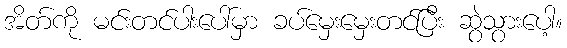
အိတ်ကို မင်းတင်ပါးပေါ်မှာ ခပ်မှေးမှေးတင်ပြီး ဆွဲသွားပေါ့။